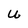
Character: U